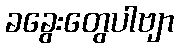
ခခွေးတွေပါဗျာ